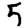
Digit: 5